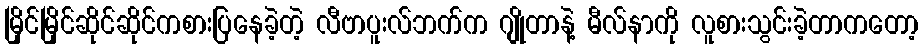
မြိုင်မြိုင်ဆိုင်ဆိုင်ကစားပြနေခဲ့တဲ့ လီဗာပူးလ်ဘက်က ဂျိုတာနဲ့ မီလ်နာကို လူစားသွင်းခဲ့တာကတော့